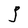
Character: j